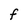
Character: F